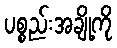
ပစ္စည်းအချို့ကို